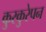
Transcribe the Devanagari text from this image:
कुरकुरेपन